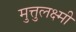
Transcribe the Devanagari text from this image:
मुत्तुलक्ष्मी